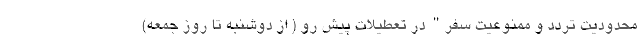
محدودیت تردد و ممنوعیت سفر" در تعطیلات پیش رو ( از دوشنبه تا روز جمعه)